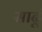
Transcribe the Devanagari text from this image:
साढूं